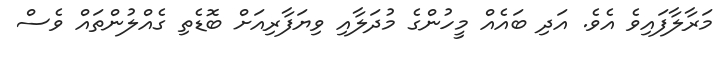
މަރާލާފައިވެ އެވެ. އަދި ބައެއް މީހުންގެ މުދަލާއި ވިޔަފާރިއަށް ބޮޑެތި ގެއްލުންތައް ވެސް